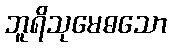
ဘူရိသုမေဓသော